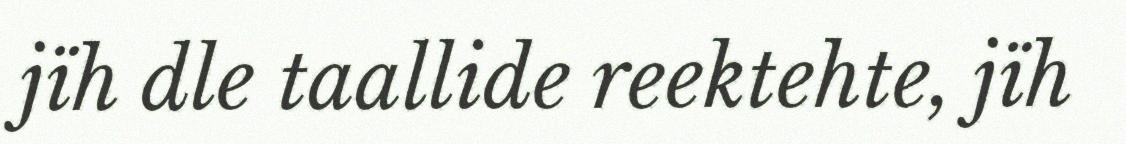
jïh dle taallide reektehte, jïh